Problem: 3 - 1 = ?
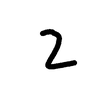
Handwritten answer: 2